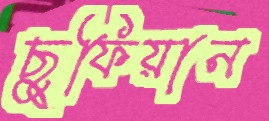
ছুফিয়ান